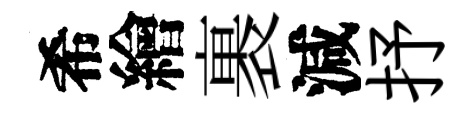
希繪裹減抒